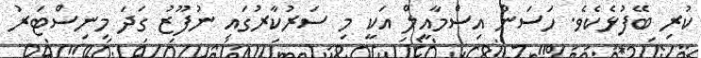
ކުރި ބޭފުޅެކެވެ. ހަސަން އިސްމާއީލް އަކީ މި ސަރުކާރުގައި ނުފޫޒު ގަދަ މިނިސްޓަރު